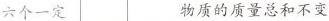
六个一定物质的质量总和不变不变